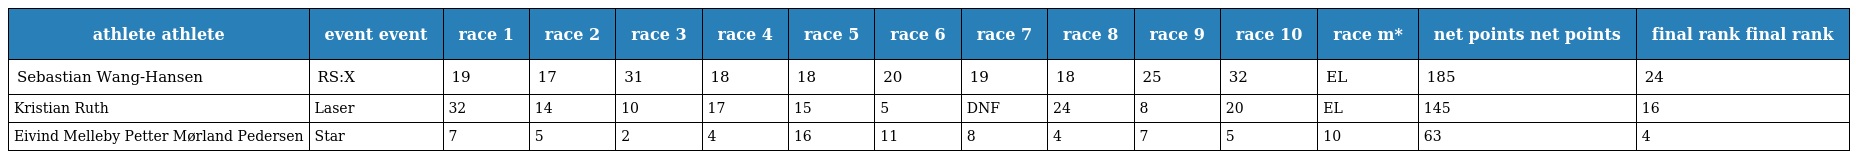
| athlete athlete | event event | race 1 | race 2 | race 3 | race 4 | race 5 | race 6 | race 7 | race 8 | race 9 | race 10 | race m* | net points net points | final rank final rank |
 | --- | --- | --- | --- | --- | --- | --- | --- | --- | --- | --- | --- | --- | --- | --- |
 | Sebastian Wang-Hansen | RS:X | 19 | 17 | 31 | 18 | 18 | 20 | 19 | 18 | 25 | 32 | EL | 185 | 24 |
 | Kristian Ruth | Laser | 32 | 14 | 10 | 17 | 15 | 5 | DNF | 24 | 8 | 20 | EL | 145 | 16 |
 | Eivind Melleby Petter Mørland Pedersen | Star | 7 | 5 | 2 | 4 | 16 | 11 | 8 | 4 | 7 | 5 | 10 | 63 | 4 |